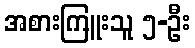
အစားကြူးသူ ၅-ဦး